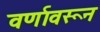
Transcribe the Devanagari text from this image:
वर्णावरून